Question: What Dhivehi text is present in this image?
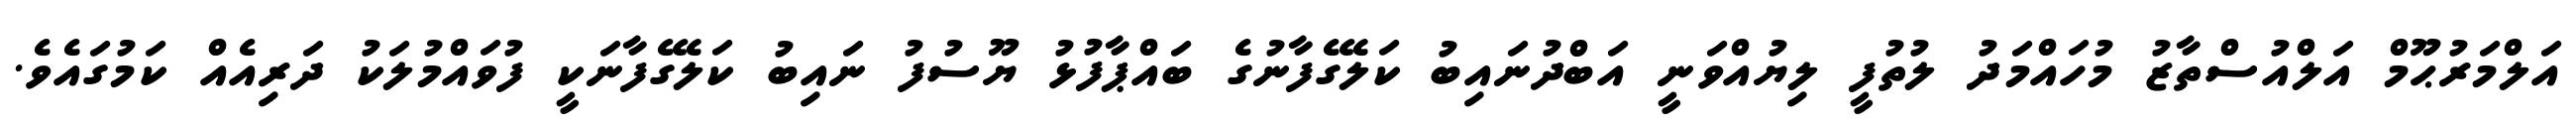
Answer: އަލްމަރުޙޫމް އަލްއުސްތާޒު މުހައްމަދު ލުތުފީ ލިޔުއްވަނީ އަބްދުނައިބު ކަލޭގެފާނުގެ ބައްޕާފުޅު ޔޫސުފު ނައިބު ކަލޭގެފާނަކީ ފުވައްމުލަކު ދަރިއެއް ކަމުގައެވެ.